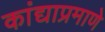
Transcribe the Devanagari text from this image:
कांद्याप्रमाणे